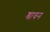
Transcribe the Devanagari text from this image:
श्रावन